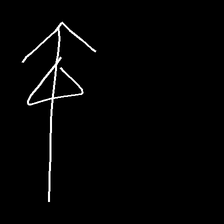
Glyph: pull